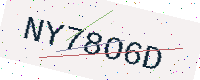
Text: NY78O6D